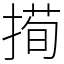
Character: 㨚